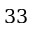
3 3